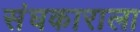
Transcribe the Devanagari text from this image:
संघकाराला